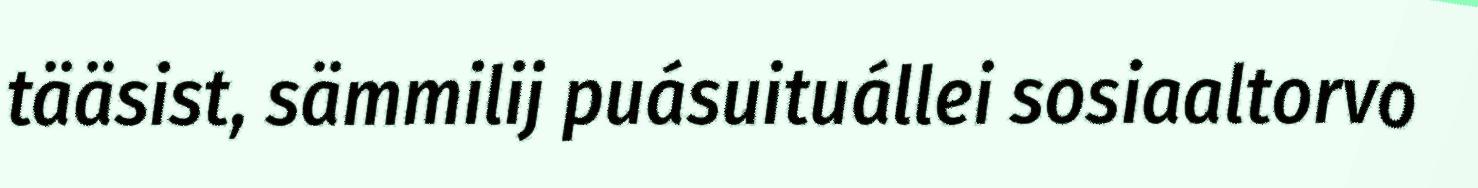
tääsist, sämmilij puásuituállei sosiaaltorvo